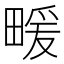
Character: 𤲫